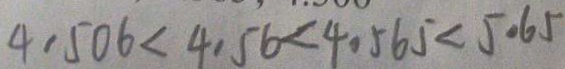
4 . 5 0 6 < 4 . 5 6 < 4 . 5 6 5 < 5 . 6 5